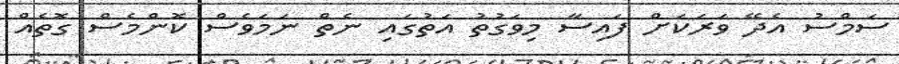
ސަމްސު އެދޭ ވަރަކަށް ފައިސާ މިވަގުތު އަތުގައި ނެތް ނަމަވެސް ކޮންމެސް ގޮތެއް